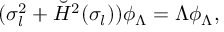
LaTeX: ( \sigma _ { l } ^ { 2 } + \breve { H } ^ { 2 } ( \sigma _ { l } ) ) \phi _ { \Lambda } = \Lambda \phi _ { \Lambda } ,